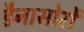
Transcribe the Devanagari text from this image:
डैनासोरों